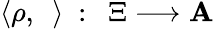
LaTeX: \langle\rho,~~\rangle~:~~\Xi\longrightarrow\mathbf{A}